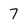
Character: 7